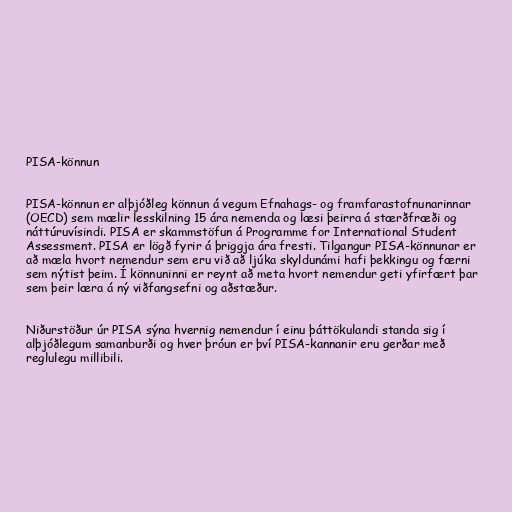
PISA-könnun

PISA-könnun er alþjóðleg könnun á vegum Efnahags- og framfarastofnunarinnar
(OECD) sem mælir lesskilning 15 ára nemenda og læsi þeirra á stærðfræði og
náttúruvísindi. PISA er skammstöfun á Programme for International Student
Assessment. PISA er lögð fyrir á þriggja ára fresti. Tilgangur PISA-könnunar er
að mæla hvort nemendur sem eru við að ljúka skyldunámi hafi þekkingu og færni
sem nýtist þeim. Í könnuninni er reynt að meta hvort nemendur geti yfirfært þar
sem þeir læra á ný viðfangsefni og aðstæður.

Niðurstöður úr PISA sýna hvernig nemendur í einu þáttökulandi standa sig í
alþjóðlegum samanburði og hver þróun er því PISA-kannanir eru gerðar með
reglulegu millibili.